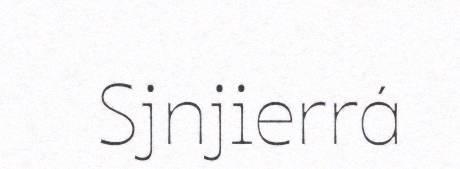
Sjnjierrá